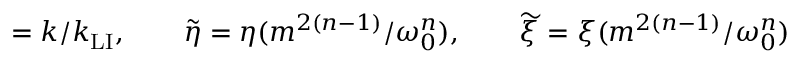
\b = k / k _ { \mathrm { L I } } , \qquad \widetilde { \eta } = \eta ( m ^ { 2 ( n - 1 ) } / \omega _ { 0 } ^ { n } ) , \qquad \widetilde { \xi } = \xi ( m ^ { 2 ( n - 1 ) } / \omega _ { 0 } ^ { n } )